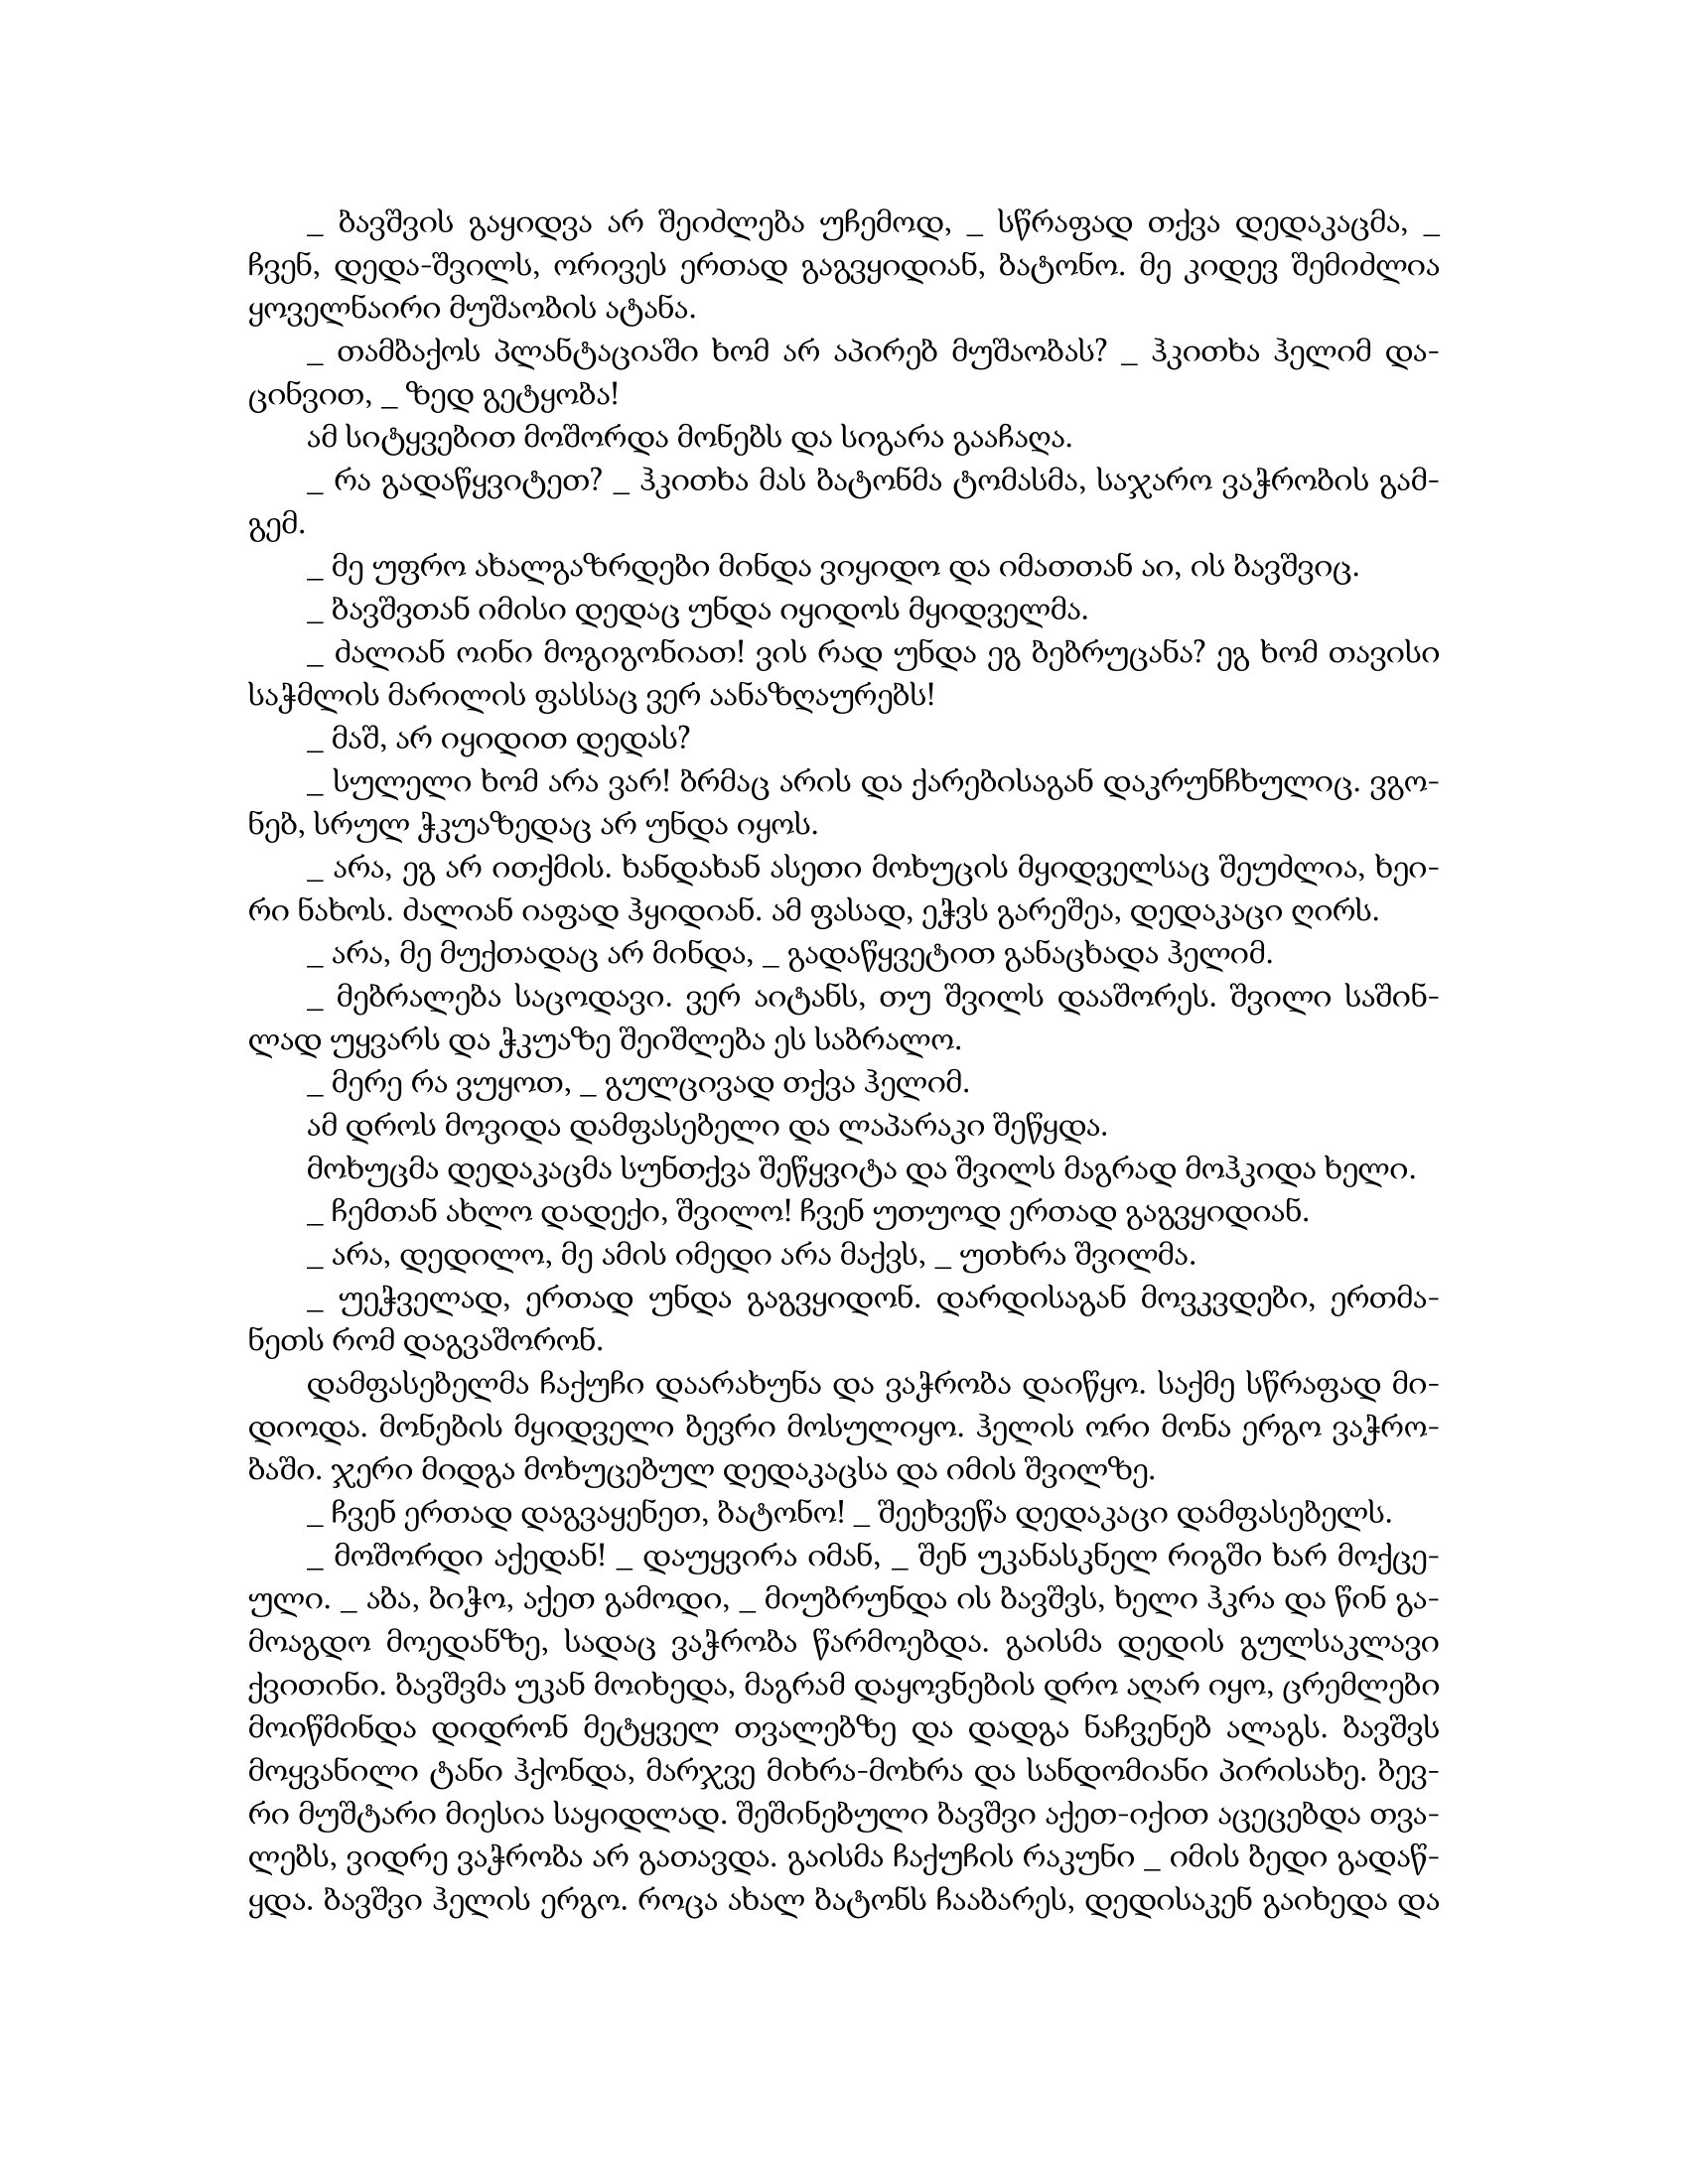
Language: gr